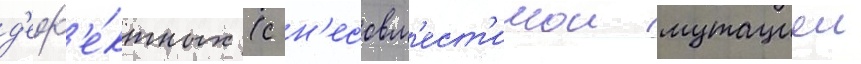
д'еф'е́ктных (с н'есовм'ест'имои мутациеи